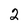
Character: 2